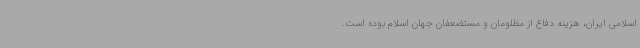
اسلامی ایران، هزینه دفاع از مظلومان و مستضعفان جهان اسلام بوده است.